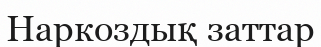
Наркоздық заттар